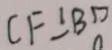
C F \bot B D